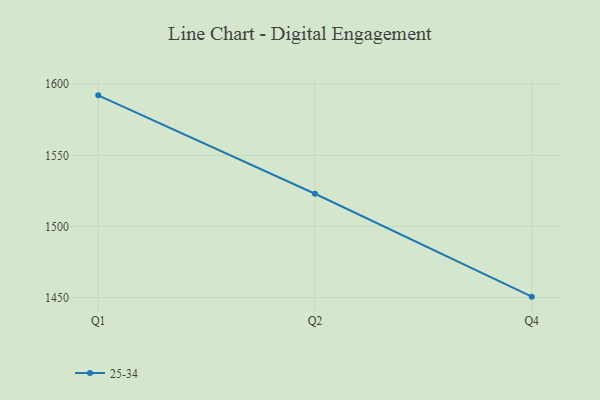
{"axis": {"x": "Quarter", "y": "Operating Costs (USD K)"}, "legend": ["25-34"], "data": [{"x": "Q1", "y": 1592.2, "type": "25-34"}, {"x": "Q2", "y": 1523.0, "type": "25-34"}, {"x": "Q4", "y": 1450.6, "type": "25-34"}]}